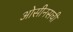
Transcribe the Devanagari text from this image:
ओसीनसची